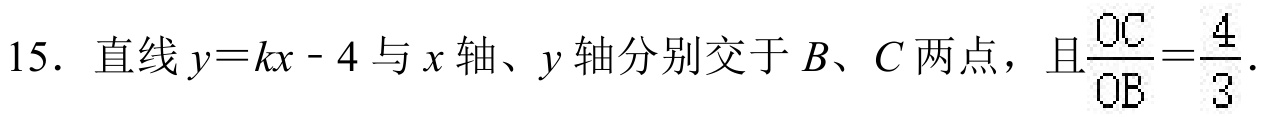
15. 直线\(y = kx - 4\)与\(x\)轴、\(y\)轴分别交于\(B\)、\(C\)两点，且\(\frac{OC}{OB}=\frac{4}{3}\).